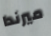
ميرندا